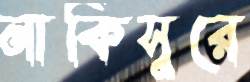
নাকিসুরে